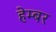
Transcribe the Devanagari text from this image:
हेम्बर